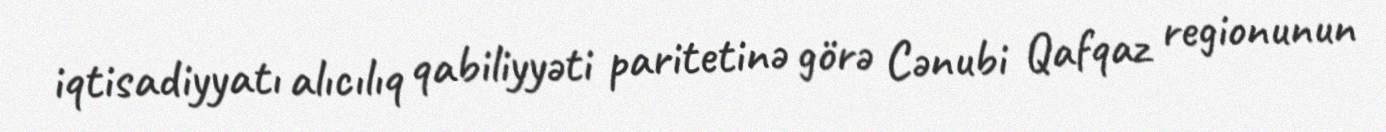
iqtisadiyyatı alıcılıq qabiliyyəti paritetinə görə Cənubi Qafqaz regionunun